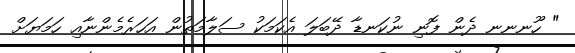
" ހޫނނނ ދެން ފޮނި ނުކަނޑާ ދޭބަލަ އެކަމަކު ސަލާމަތުން އަހަރެމެންނާއި ހަމަޔަށް